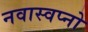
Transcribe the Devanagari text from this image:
नवास्वप्नो